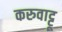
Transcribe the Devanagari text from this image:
करुवाट्टू